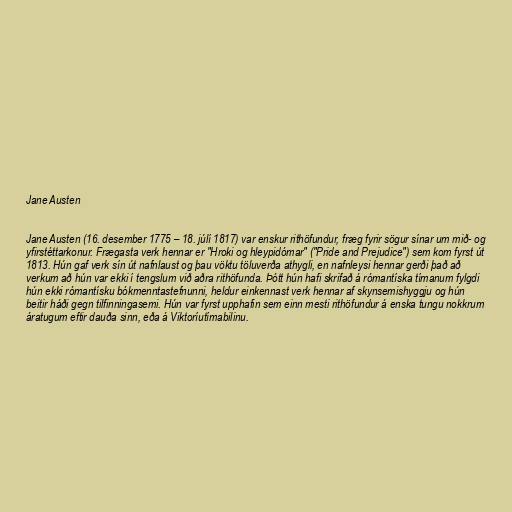
Jane Austen

Jane Austen (16. desember 1775 – 18. júlí 1817) var enskur rithöfundur, fræg fyrir sögur sínar um mið- og
yfirstéttarkonur. Frægasta verk hennar er "Hroki og hleypidómar" ("Pride and Prejudice") sem kom fyrst út
1813. Hún gaf verk sín út nafnlaust og þau vöktu töluverða athygli, en nafnleysi hennar gerði það að
verkum að hún var ekki í tengslum við aðra rithöfunda. Þótt hún hafi skrifað á rómantíska tímanum fylgdi
hún ekki rómantísku bókmenntastefnunni, heldur einkennast verk hennar af skynsemishyggju og hún
beitir háði gegn tilfinningasemi. Hún var fyrst upphafin sem einn mesti rithöfundur á enska tungu nokkrum
áratugum eftir dauða sinn, eða á Viktoríutímabilinu.